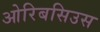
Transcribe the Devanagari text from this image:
ओरिबसिउस